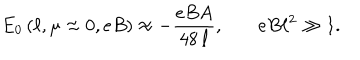
E _ { 0 } \left( \ell , \mu \approx 0 , e B \right) \approx - \frac { e B A } { 4 8 \, \ell } , \, \, \, \, \, \, \, \, \, \, \, e B \ell ^ { 2 } \gg 1 .